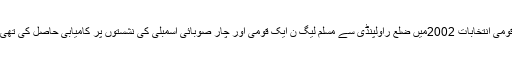
قومی انتخابات 2002میں ضلع راولپنڈی سے مسلم لیگ ن ایک قومی اور چار صوبائی اسمبلی کی نشستوں پر کامیابی حاصل کی تھی۔